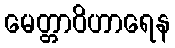
မေတ္တာဝိဟာရေန